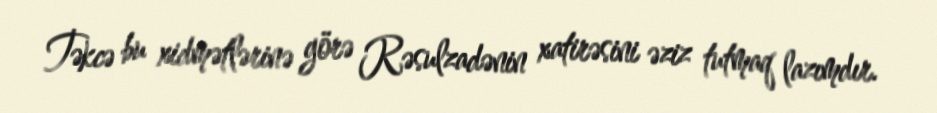
Təkcə bu xidmətlərinə görə Rəsulzadənin xatirəsini əziz tutmaq lazımdır.